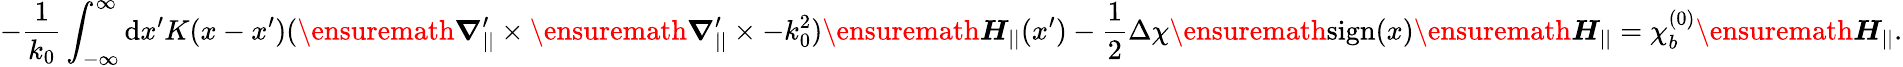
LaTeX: -\frac{1}{k_{0}}\int_{-\infty}^{\infty}\mathrm{d}x^{\prime}K(x-x^{\prime})(\ensuremath{\boldsymbol{\nabla}}_{||}^{\prime}\times\ensuremath{\boldsymbol{\nabla}}_{||}^{\prime}\times-k_{0}^{2})\ensuremath{\boldsymbol{H}}_{||}(x^{\prime})-\frac{1}{2}\Delta\chi\ensuremath{\operatorname{sign}}(x)\ensuremath{\boldsymbol{H}}_{||}=\chi_{b}^{(0)}\ensuremath{\boldsymbol{H}}_{||}.